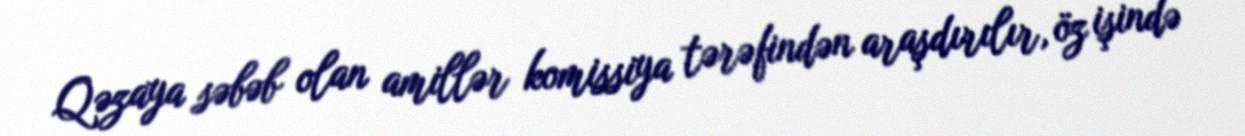
Qəzaya səbəb olan amillər komissiya tərəfindən araşdırılır, öz işində